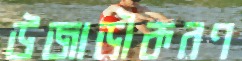
উজাড়ীকরণ